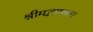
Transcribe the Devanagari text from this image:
श्रीमद्भाग्वता